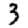
Digit: 3